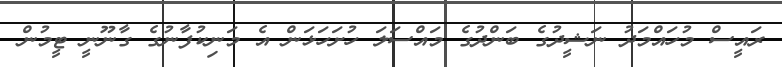
ރައީސް މުހައްމަދު ނަޝީދުގެ ބަންދުގެ މައްސަލަ ހުށަހަޅަން އެ މަނިކުފާނުގެ ގާނޫނީ ޓީމުން